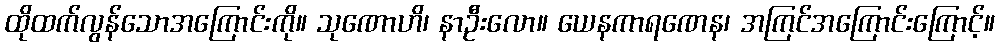
ထိုထက်လွန်သောအကြောင်းကို။ သုဏောဟိ၊ နာဦးလော။ ယေနကာရဏေန၊ အကြင်အကြောင်းကြောင့်။